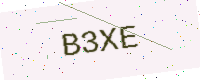
Text: B3XE